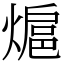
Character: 熩